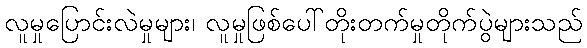
လူမှုပြောင်းလဲမှုများ၊ လူမှုဖြစ်ပေါ်တိုးတက်မှုတိုက်ပွဲများသည်